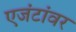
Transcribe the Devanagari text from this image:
एजंटांवर